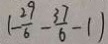
( - \frac { 2 9 } { 6 } - \frac { 3 7 } { 6 } - 1 )